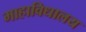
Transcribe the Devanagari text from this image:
माहाविधालय